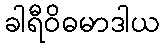
ခါရီဝိဓမာဒါယ